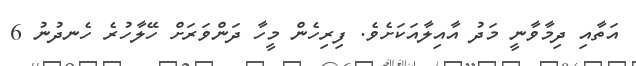
އަތާއި ދިމާވާނީ މަދު އާއިލާއަކަށެވެ. ފިރިހެން މީހާ ދަންވަރަށް ހޭލާހުރެ ހެނދުނު 6